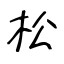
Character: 松